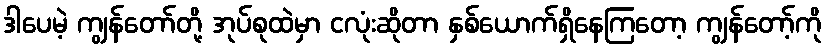
ဒါပေမဲ့ ကျွန်တော်တို့ အုပ်စုထဲမှာ ငလုံးဆိုတာ နှစ်ယောက်ရှိနေကြတော့ ကျွန်တော့်ကို